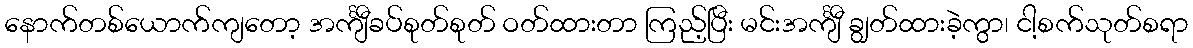
နောက်တစ်ယောက်ကျတော့ အင်္ကျီခပ်စုတ်စုတ် ဝတ်ထားတာ ကြည့်ပြီး မင်းအင်္ကျီ ချွတ်ထားခဲ့ကွာ၊ ငါ့စက်သုတ်စရာ